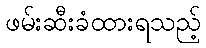
ဖမ်းဆီးခံထားရသည့်